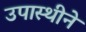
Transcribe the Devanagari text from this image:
उपास्थीने